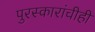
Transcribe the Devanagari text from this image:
पुरस्कारांचीही